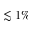
\lesssim 1 \%